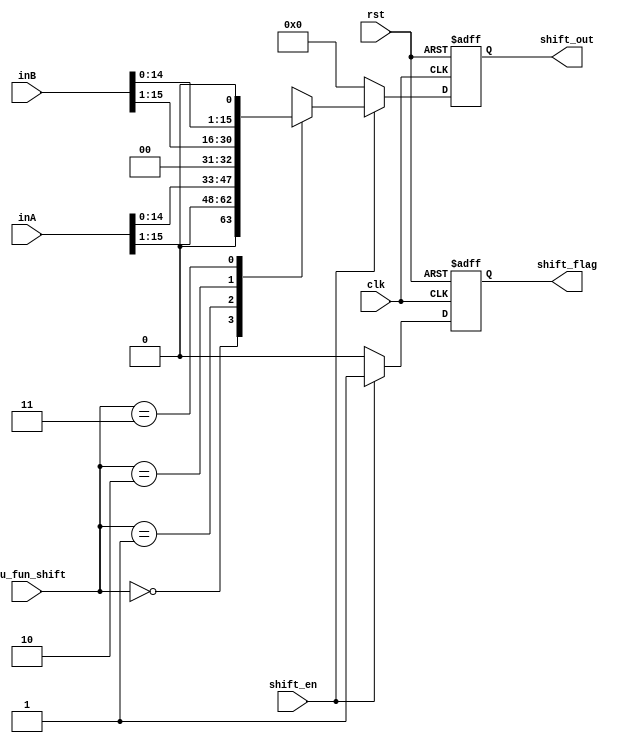
module shift_unit #(parameter in_width = 16, out_width = 16)
(
    input       [in_width-1:0]  inA, inB,
    input                       clk, rst, shift_en,
    input       [1:0]           Alu_fun_shift,
    output  reg [out_width-1:0]   shift_out,
    output  reg                 shift_flag
);
always @(posedge clk or negedge rst) begin
    if (!rst) begin
        shift_out <= 1'b0;
        shift_flag <= 1'b0;
    end
    else if (shift_en) begin
        shift_flag <= 1'b1;
        case (Alu_fun_shift)
            2'b00: shift_out <= inA >> 1'b1 ;   //A >> 1
            2'b01: shift_out <= inA << 1'b1 ;   //A << 1
            2'b10: shift_out <= inB >> 1'b1 ;   //B >> 1
            2'b11: shift_out <= inB << 1'b1 ;   //B << 1
        endcase
        
    end
    else begin
        shift_out <= 1'b0;
        shift_flag <= 1'b0;
    end
end

/*always @(Alu_fun_shift) begin
    shift_flag <= (Alu_fun_shift >= (2'b0) && Alu_fun_shift <= (2'b11)) ? 1'b1 : 1'b0;
end*/

endmodule